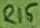
Text: R15